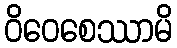
ဝိဝေစေဿာမိ